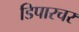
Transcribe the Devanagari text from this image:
डिपारचर